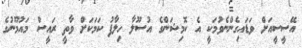
އޭސީސީއަށް ވަޑައިގެންނެވުމަކީ އެ ކޮމިޝަންގެ އުސޫލާ ހިލާފު ކަމަކަށް ވާތީ ރައީސް މައުމޫނުގެ